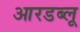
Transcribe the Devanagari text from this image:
आरडब्लू